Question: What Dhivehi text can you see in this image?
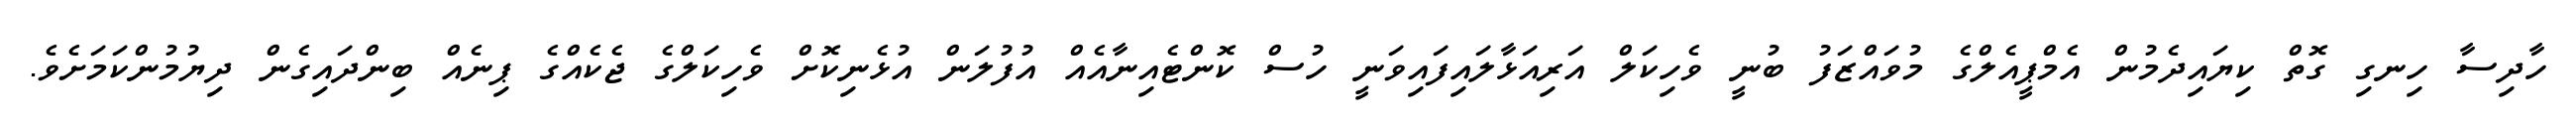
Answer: ހާދިސާ ހިނގި ގޮތް ކިޔައިދެމުން އެމްޕީއެލްގެ މުވައްޒަފު ބުނީ ވެހިކަލް އަރިއަޅާލައިފައިވަނީ ހުސް ކޮންޓެއިނާއެއް އުފުލަން އުޅެނިކޮށް ވެހިކަލްގެ ޖެކެއްގެ ޕިނެއް ބިންދައިގެން ދިޔުމުންކަމަށެވެ.